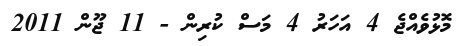
މޮޅުވެއްޖެ 4 އަހަރު 4 މަސް ކުރިން - 11 ޖޫން 2011